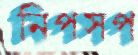
নিপসপ